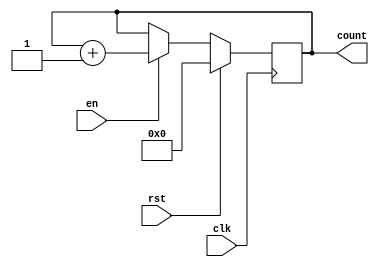
module synchronous_counter (
    input wire clk,
    input wire rst,
    input wire en,
    output reg [3:0] count
);

always @(posedge clk) begin
    if (rst) begin
        count <= 4'b0000;
    end else begin
        if (en) begin
            count <= count + 1;
        end
    end
end

endmodule